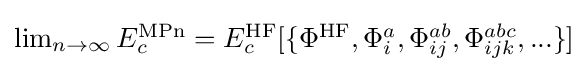
{\textstyle \lim _{n\rightarrow \infty }E_{c}^{\text{MPn}}=E_{c}^{\text{HF}}[\{\Phi ^{\text{HF}},\Phi _{i}^{a},\Phi _{ij}^{ab},\Phi _{ijk}^{abc},...\}]}